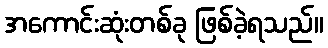
အကောင်းဆုံးတစ်ခု ဖြစ်ခဲ့ရသည်။